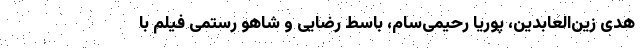
هدی زین‌العابدین، پوریا رحیمی‌سام، باسط رضایی و شاهو رستمی فیلم با